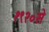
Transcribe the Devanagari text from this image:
१९२०से